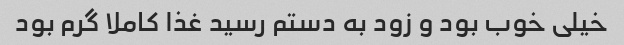
خیلی خوب بود و زود به دستم رسید غذا کاملا گرم بود